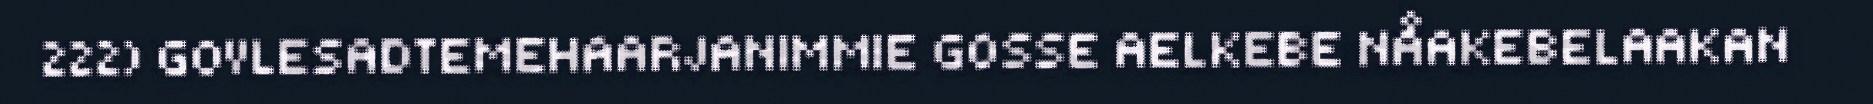
222) GOVLESADTEMEHAARJANIMMIE GOSSE AELKEBE NÅAKEBELAAKAN